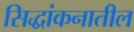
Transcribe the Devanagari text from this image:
सिद्धांकनातील